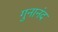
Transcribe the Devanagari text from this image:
गुनानंद